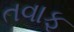
તવાફ